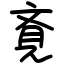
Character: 斍